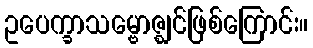
ဥပေက္ခာသမ္ဗောဇ္ဈင်ဖြစ်ကြောင်း။